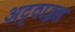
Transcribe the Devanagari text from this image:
अट्‌ठाइस